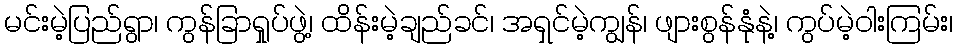
မင်းမဲ့ပြည်ရွာ၊ ကွန်ခြာရှုပ်ဖွဲ့၊ ထိန်းမဲ့ချည်ခင်၊ အရှင်မဲ့ကျွန်၊ ဖျားစွန်နုံနဲ့၊ ကွပ်မဲ့ဝါးကြမ်း၊